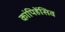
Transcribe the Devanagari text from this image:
कांपिहेंसिव